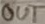
Text: OUT